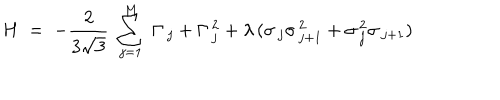
LaTeX: H \; = \; - \frac { 2 } { 3 \sqrt { 3 } } \; \sum _ { j = 1 } ^ { M } \; \Gamma _ { \, j } + \Gamma _ { \, j } ^ { \, 2 } + \lambda \, ( \sigma _ { \, j } \sigma _ { \, j + 1 } ^ { \, 2 } + \sigma _ { \, j } ^ { \, 2 } \sigma _ { \, j + 1 } )